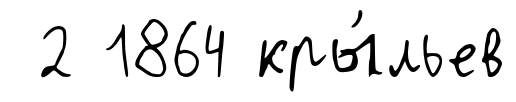
2 1864 кры́льев